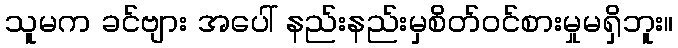
သူမက ခင်ဗျား အပေါ် နည်းနည်းမှစိတ်ဝင်စားမှုမရှိဘူး။